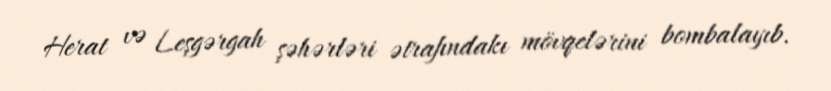
Herat və Leşgərgah şəhərləri ətrafındakı mövqelərini bombalayıb.